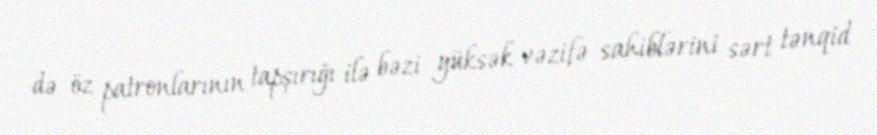
də öz patronlarının tapşırığı ilə bəzi yüksək vəzifə sahiblərini sərt tənqid